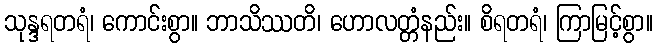
သုန္ဒရတရံ၊ ကောင်းစွာ။ ဘာသိဿတိ၊ ဟောလတ္တံနည်း။ စိရတရံ၊ ကြာမြင့်စွာ။